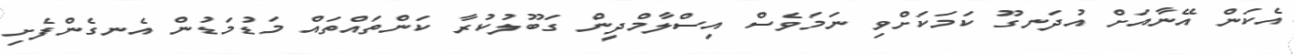
އެކަން އޭނާއަށް އުދަނގޫ ކަމަކަށްވި ނަމަވެސް އިސްލާމްދީން ގަބޫލުކުރާ ކަންތައްތައް މަޑުމަޑުން އެނގެންފެށި